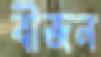
বীজন